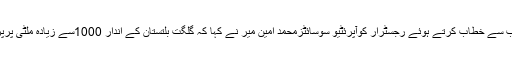
اس موقع پر منعقدہ تقریب سے خطاب کرتے ہوئے رجسٹرار کوآپرئٹیو سوسائٹزمحمد امین میر نے کہا کہ گلگت بلتستان کے اندار 1000سے زیادہ ملٹی پرپزسوسائٹیاں موجود ہے ۔